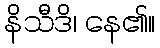
နိသီဒိ၊ နေ၏။